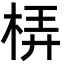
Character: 梇